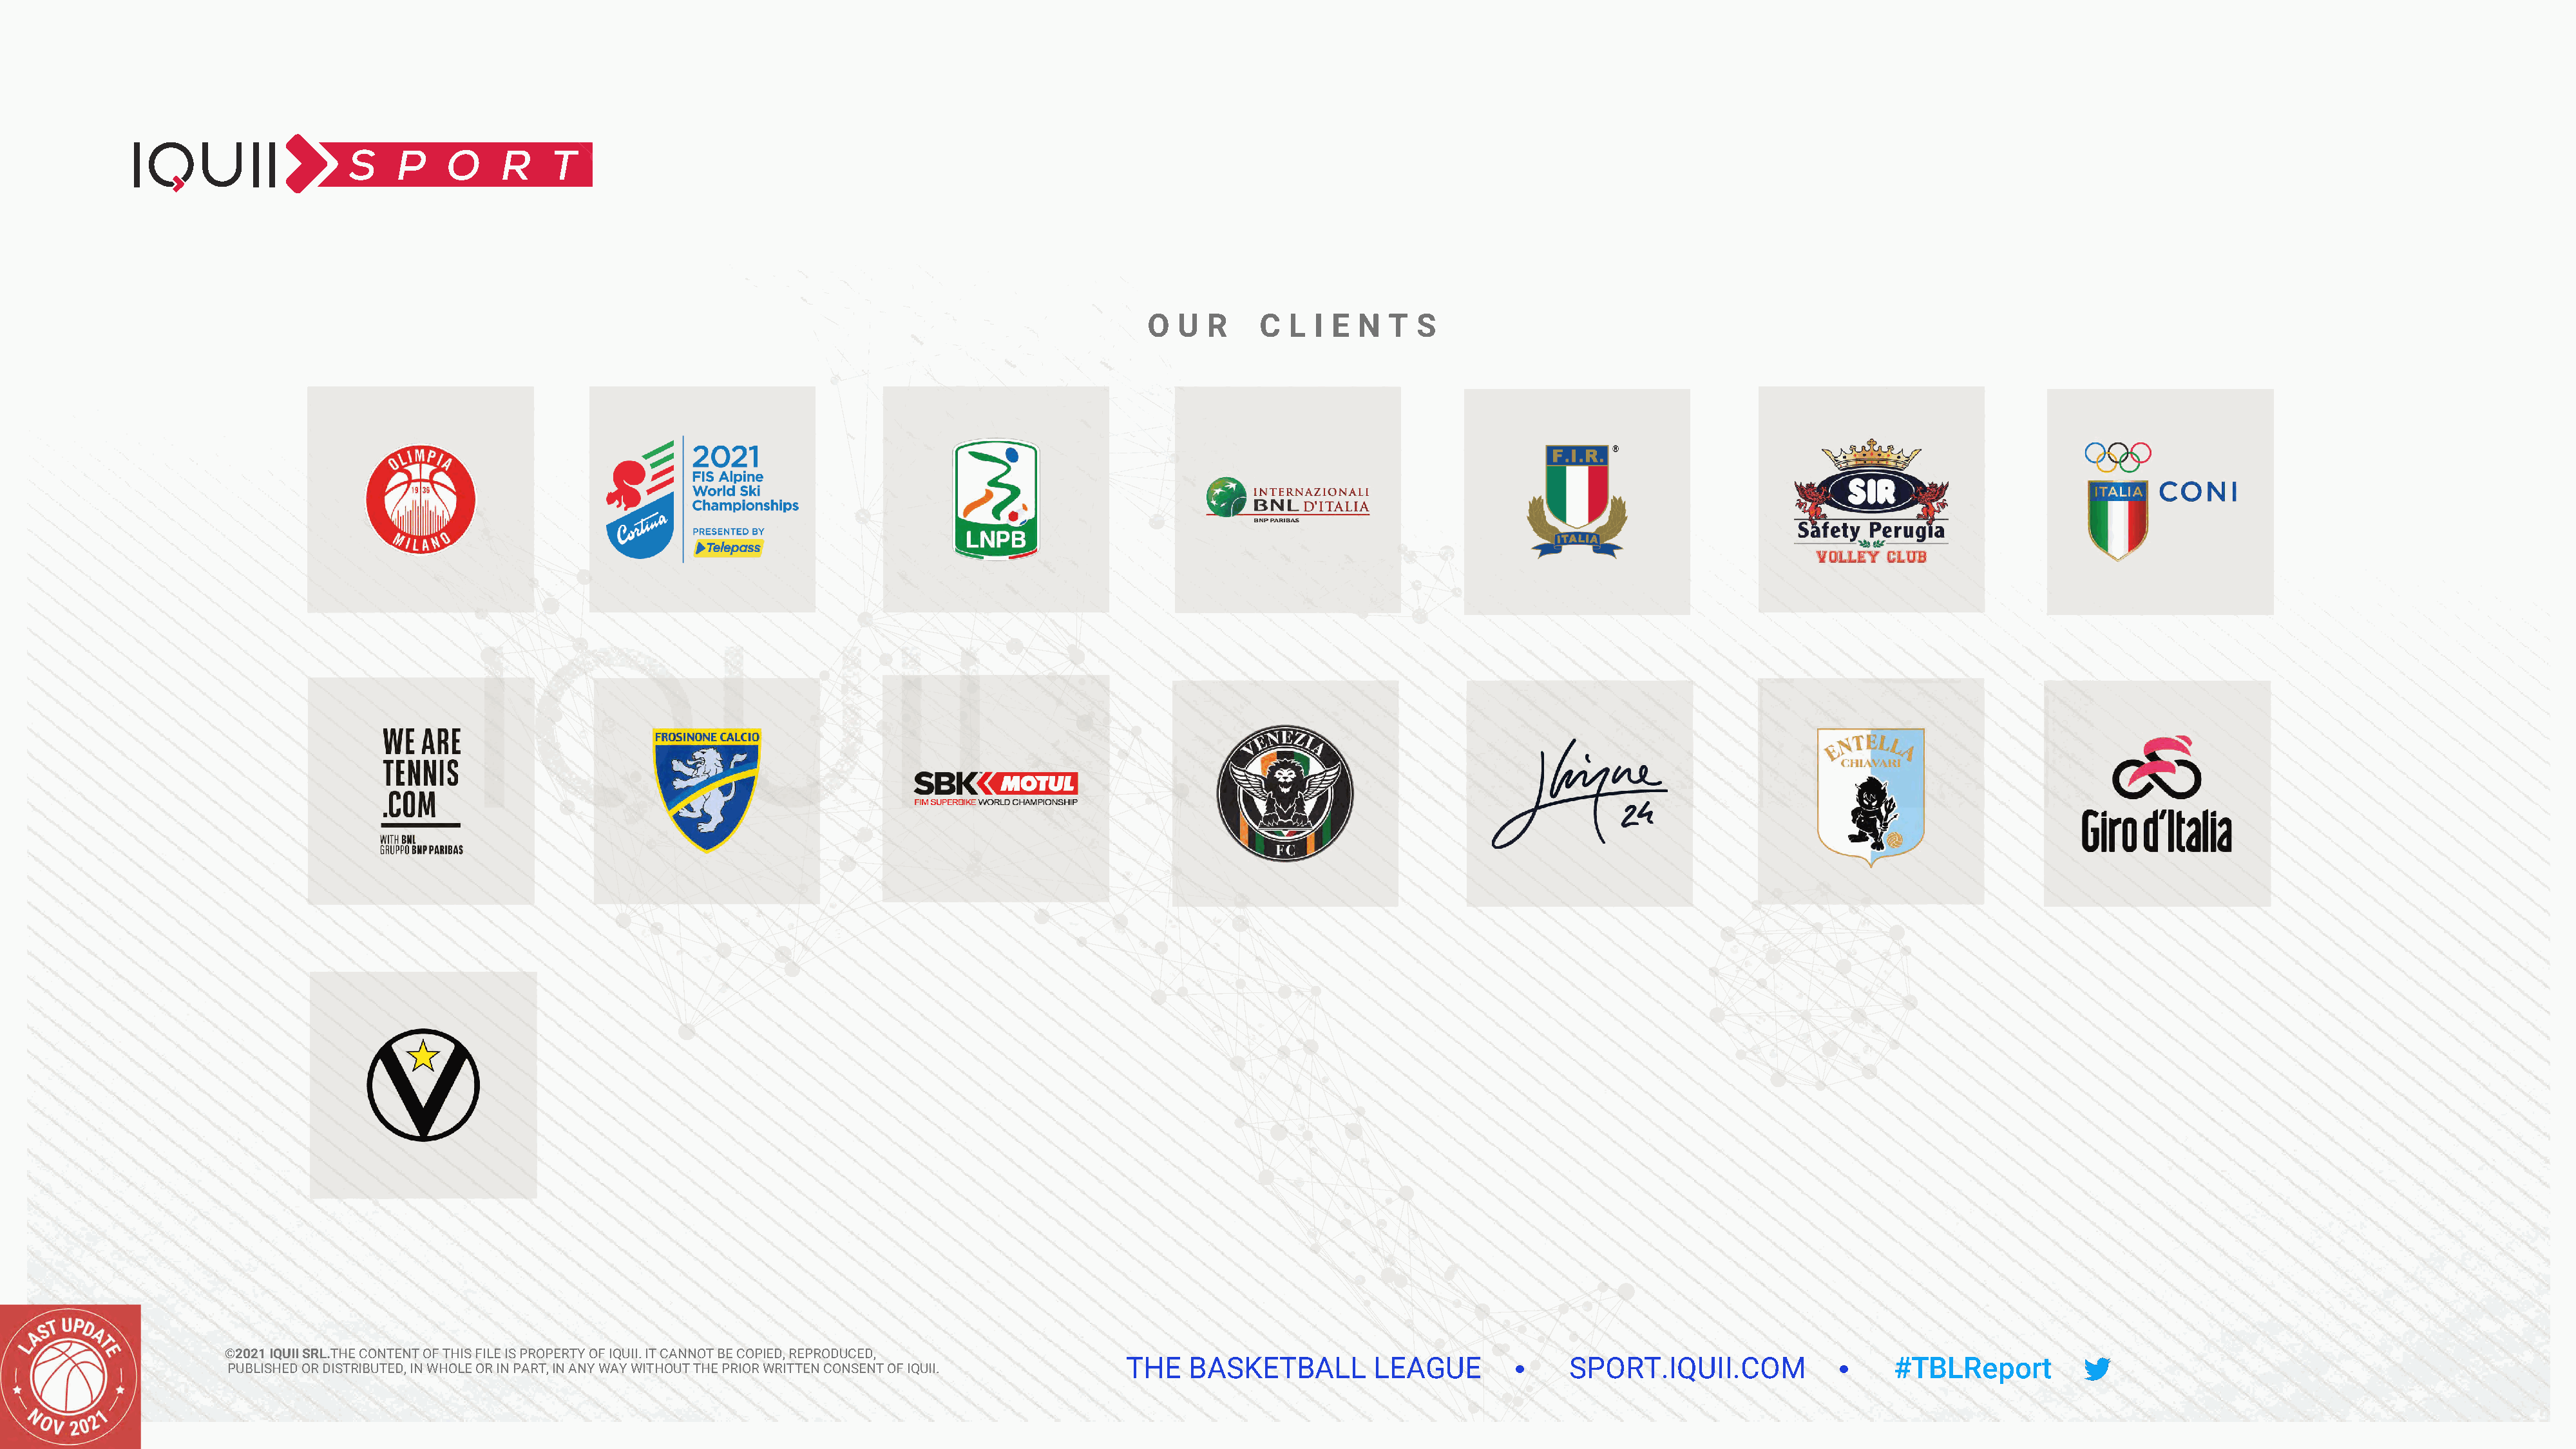
O  U  R    C  L  I E  N  T  S
 ©2021 IQUII SRL.THE CONTENT OF THIS FILE IS PROPERTY OF IQUII. IT CANNOT BE COPIED, REPRODUCED,
 THE   BASKETBALL         LEAGUE              SPORT.IQUII.COM                   #TBLReport
 PUBLISHED OR DISTRIBUTED, IN WHOLE OR IN PART, IN ANY WAY WITHOUT THE PRIOR WRITTEN CONSENT OF IQUII.